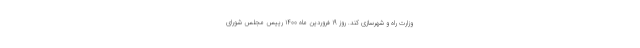
وزارت راه و شهرسازی کند. روز ۱۹ فروردین ماه ۱۴۰۰ رییس مجلس شورای